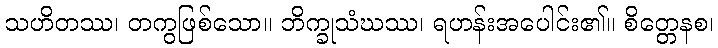
သဟိတဿ၊ တကွဖြစ်သော။ ဘိက္ခုသံဃဿ၊ ရဟန်းအပေါင်း၏။ စိတ္တေနစ၊